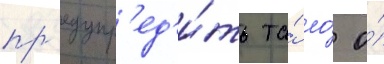
пр'едупр'ед'и́ть та́ ло́ о́